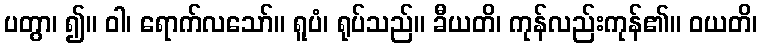
ပတွာ၊ ၍။ ဝါ၊ ရောက်လသော်။ ရူပံ၊ ရုပ်သည်။ ခီယတိ၊ ကုန်လည်းကုန်၏။ ဝယတိ၊